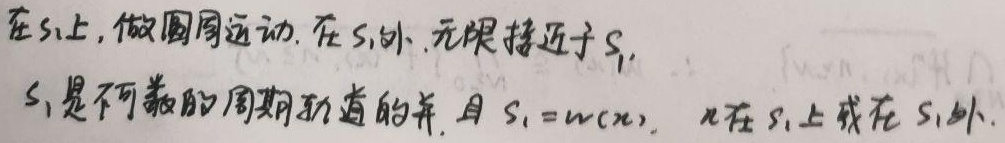
在 \(S_{1}\) 上，做圆周运动。在 \(S_{1}\) 外，无限接近于 \(S_{1}\)。\(S_{1}\) 是不可数的周期轨道的并，且 \(S_{1}=\omega(x)\)，\(x\) 在 \(S_{1}\) 上或在 \(S_{1}\) 外。